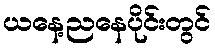
ယနေ့ညနေပိုင်းတွင်